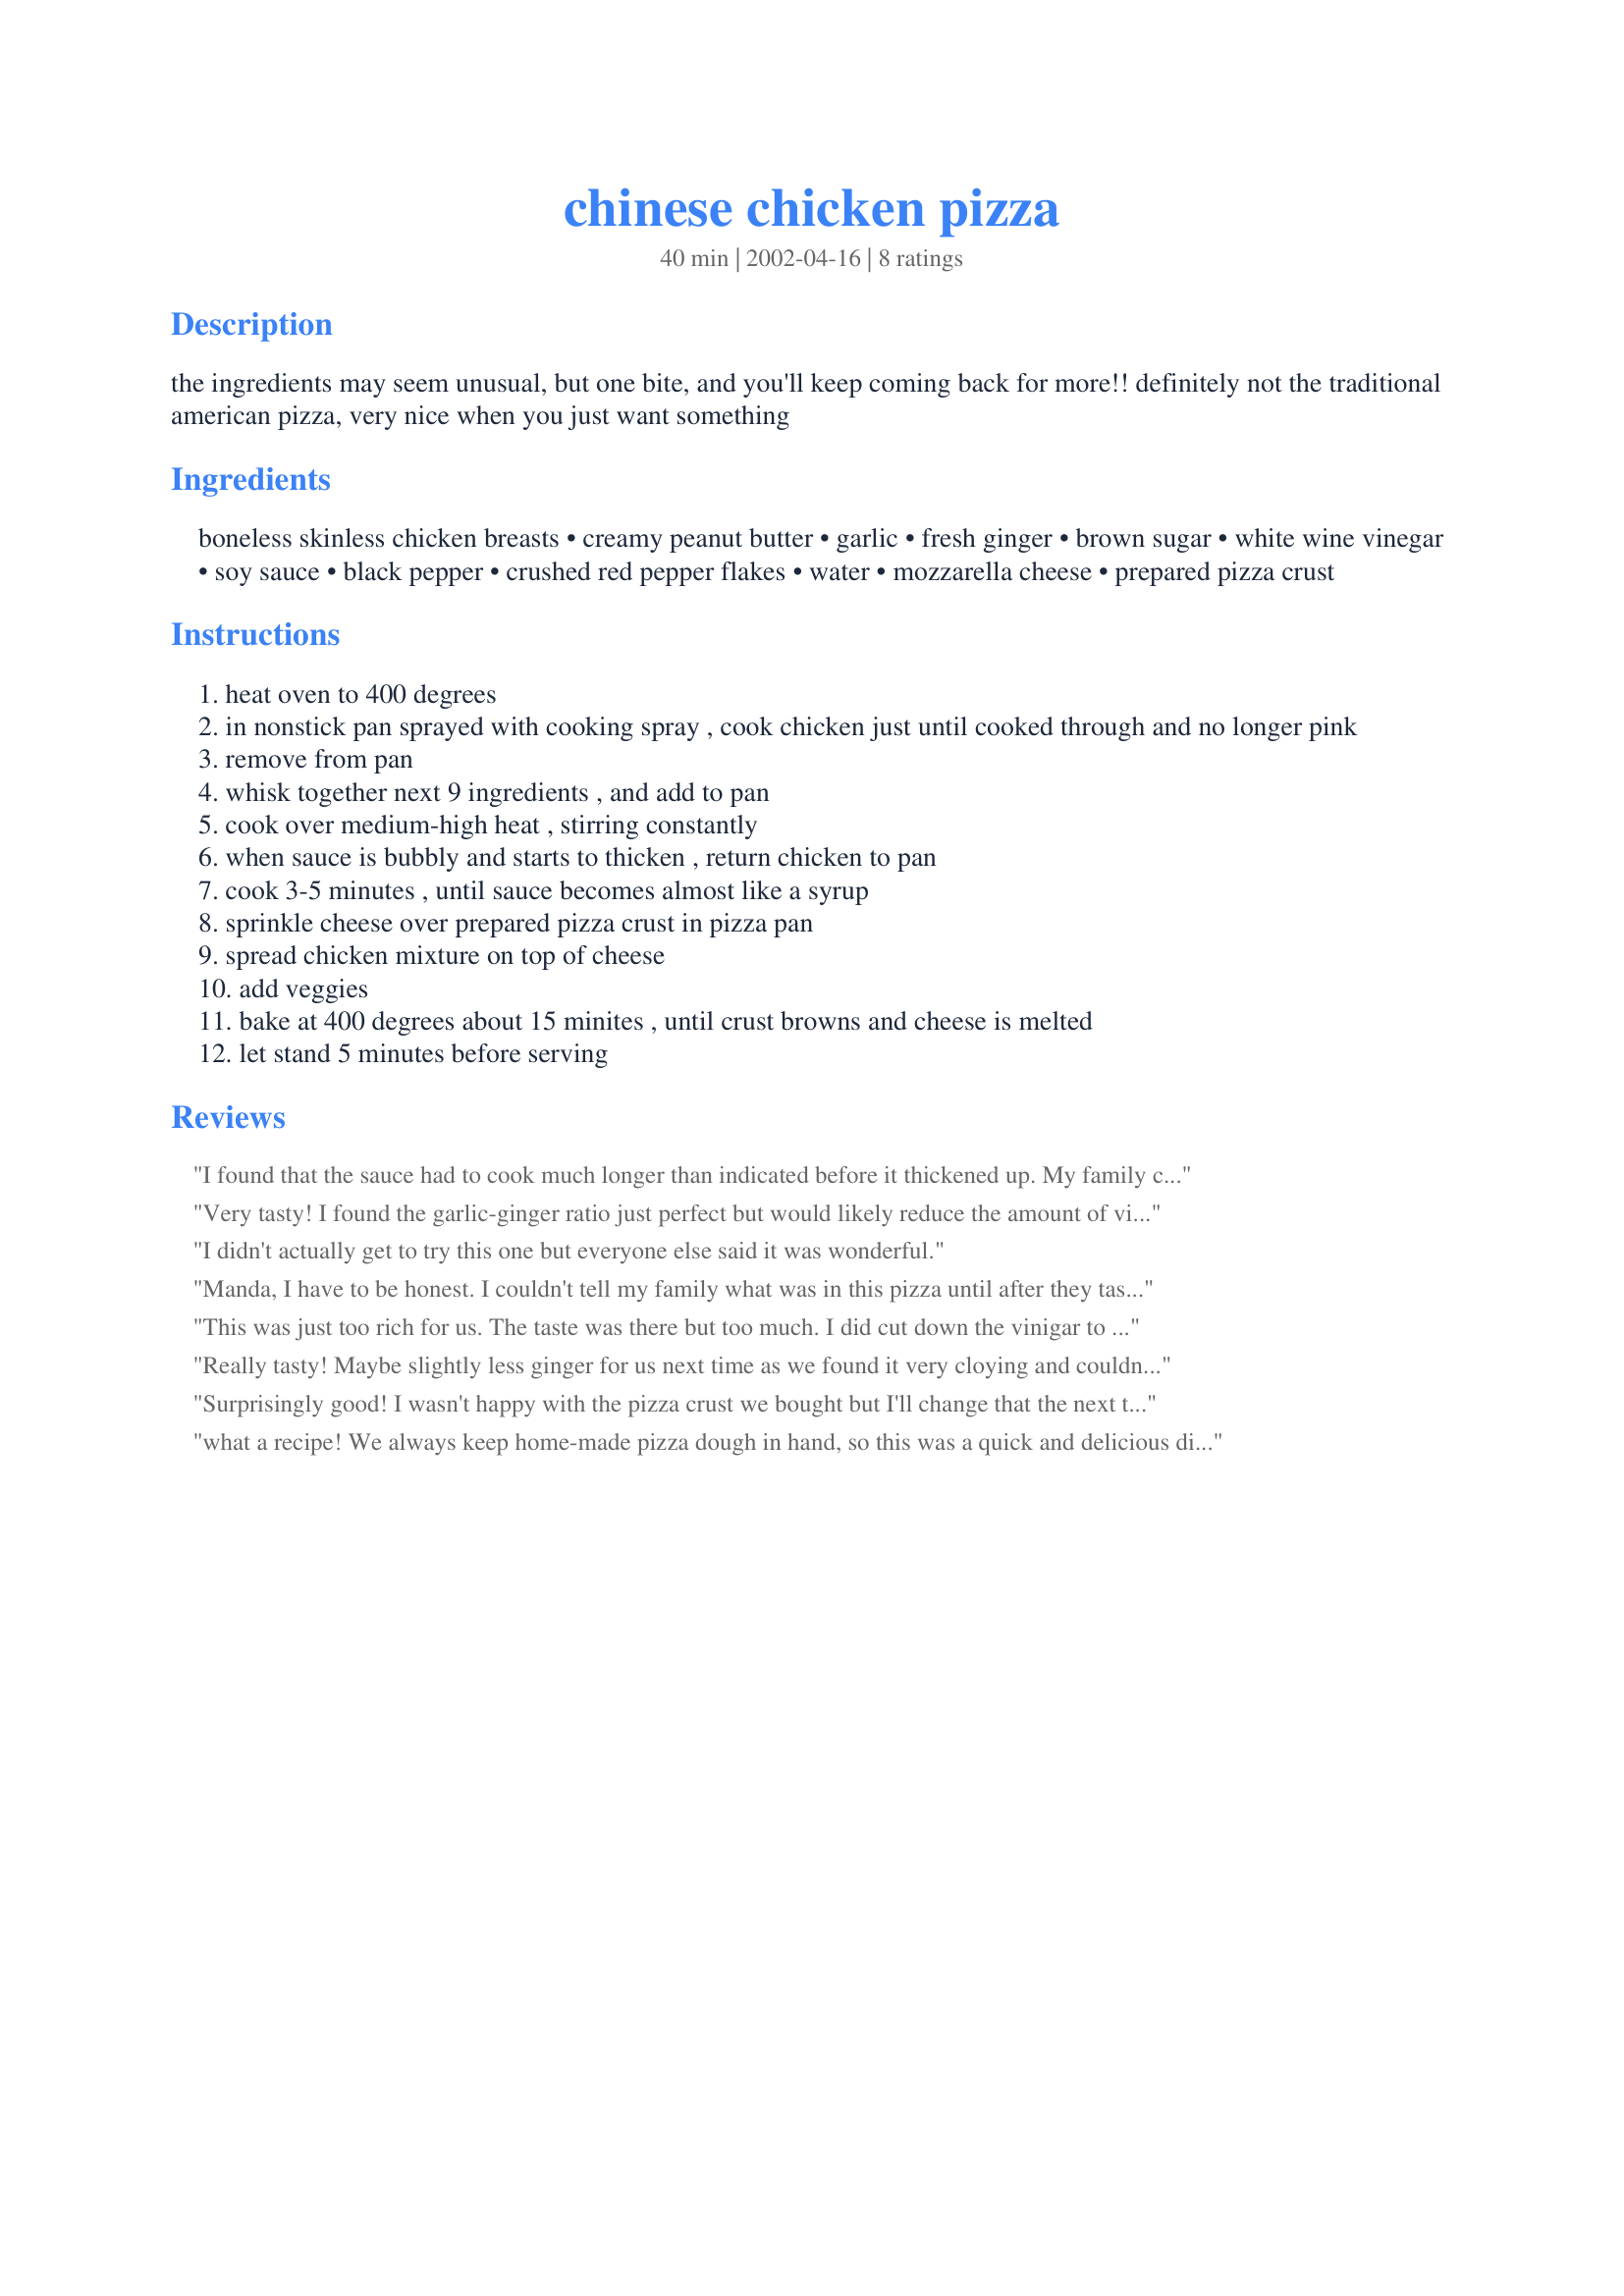
chinese chicken pizza
Preparation time: 40 minutes

the ingredients may seem unusual, but one bite, and you'll keep coming back for more!! definitely not the traditional american pizza, very nice when you just want something

Ingredients:
boneless skinless chicken breasts, creamy peanut butter, garlic, fresh ginger, brown sugar, white wine vinegar, soy sauce, black pepper, crushed red pepper flakes, water, mozzarella cheese, prepared pizza crust

Steps:
heat oven to 400 degrees
in nonstick pan sprayed with cooking spray , cook chicken just until cooked through and no longer pink
remove from pan
whisk together next 9 ingredients , and add to pan
cook over medium-high heat , stirring constantly
when sauce is bubbly and starts to thicken , return chicken to pan
cook 3-5 minutes , until sauce becomes almost like a syrup
sprinkle cheese over prepared pizza crust in pizza pan
spread chicken mixture on top of cheese
add veggies
bake at 400 degrees about 15 minites , until crust browns and cheese is melted
let stand 5 minutes before serving

Reviews:
I found that the sauce had to cook much longer than indicated before it thickened up. My family complained that there was too much vinegar and not enough chicken. The finished product was tasty enough, but I don't think I'll be making this again.
Very tasty! I found the garlic-ginger ratio just perfect but would likely reduce the amount of vinegar next time - the sauce was just a touch too vinegar-y for my taste! I added onion and red pepper and used about 1 cup of mozzarella. Will certainly get made again! Thanks for sharing!
I didn't actually get to try this one but everyone else said it was wonderful.
Manda, I have to be honest. I couldn't tell my family what was in this pizza until after they tasted. Weird ingredients is right but what a yummy taste. The peanut butter and fresh ginger really gave this a distinct flavor. I used 1 cup mozzarella cheese and sprinkled some sliced mushrooms and green pepper on top. Thanks for making our pizza night very interesting and tasty.
This was just too rich for us. The taste was there but too much. I did cut down the vinigar to 1/4 cup.
Really tasty! Maybe slightly less ginger for us next time as we found it very cloying and couldn't eat more than two pieces without being overwhelmed. Maybe some veggies would have helped cut the sweetness. Good stuff!
Surprisingly good! I wasn't happy with the pizza crust we bought but I'll change that the next time we have this. The topping was wonderful though and this recipe will be done again at our house. Real nice change from the same old, same old, pizza.
what a recipe! We always keep home-made pizza dough in hand, so this was a quick and delicious dinner. the sauce packs alot more flavour than your usual pizza, and the peanut butter was a good call. sprinkle some green onion and serve.
